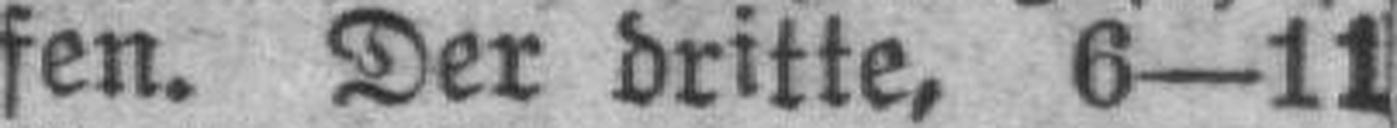
fen. Der dritte, 6—11